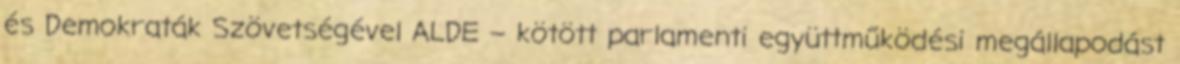
és Demokraták Szövetségével ALDE – kötött parlamenti együttműködési megállapodást